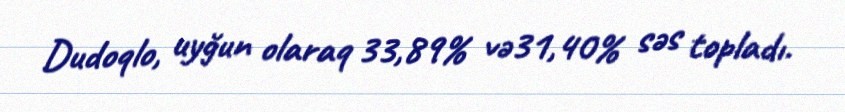
Dudoqlo, uyğun olaraq 33,89% və31,40% səs topladı.